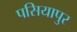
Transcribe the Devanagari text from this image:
पसियापुर